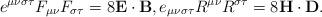
LaTeX: \begin{align*}e^{\mu\nu\sigma\tau}F_{\mu\nu}F_{\sigma\tau}=8\mathbf{E}\cdot\mathbf{B},e_{\mu\nu\sigma\tau}R^{\mu\nu}R^{\sigma\tau}=8\mathbf{H}\cdot\mathbf{D}.\end{align*}